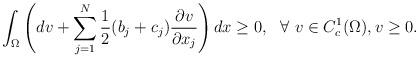
LaTeX: \begin{align*}\int_{\Omega} \left( dv +\sum_{j=1}^N\frac{1}{2}(b_j+c_j)\frac{\partial v}{\partial x_j}\right)dx \geq 0,~~\forall~v\in C_c^1(\Omega), v\geq 0. \end{align*}